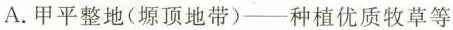
A.甲平整地（塬顶地带）-种植优质牧草等